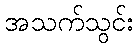
အသက်သွင်း